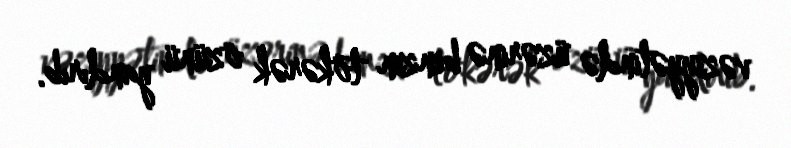
vəziyyətində üzərinə benzin tökərək özünü yandırıb.